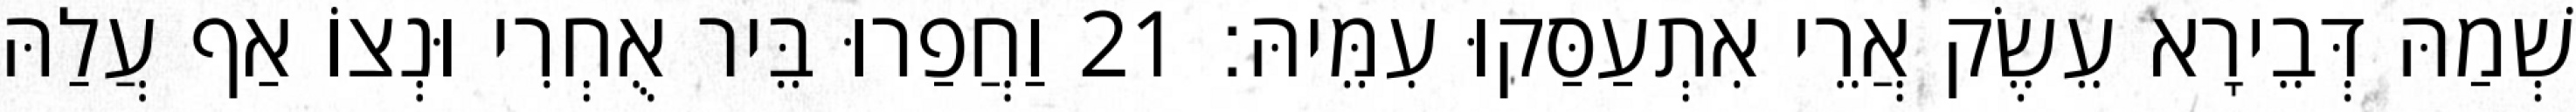
שְׁמַהּ דְּבֵירָא עֵשֶׂק אֲרֵי אִתְעַסַּקוּ עִמֵּיהּ׃ 21 וַחֲפַרוּ בֵּיר אֻחְרִי וּנְצוֹ אַף עֲלַהּ